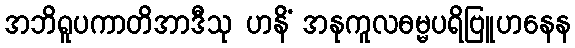
အဘိရူပကာတိအာဒီသု ဟနိံ အနုကူလဓမ္မပရိဗြူဟနေန